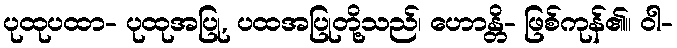
ပုထုပထာ- ပုထုအပြု, ပထအပြုတို့သည်၊ ဟောန္တိ- ဖြစ်ကုန်၏။ ဝါ-